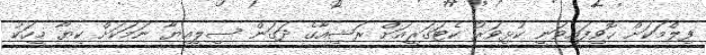
ފިލްމަކަށް ހޮވިފައިވަނީ ކުޅިވަރު ކެޓަގަރީއަށް ރަޝިއާގެ ދަގަން ސިލީއިޔާ ނަމަކަށް ކިޔާ މީހަކު